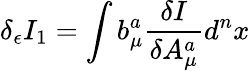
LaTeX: \delta_{\epsilon}I_{1}=\int b_{\mu}^{a}\frac{\delta I}{\delta A_{\mu}^{a}}d^{n}x